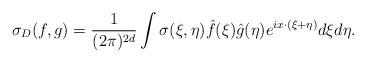
LaTeX: \begin{align*}\sigma_D(f,g) =\frac 1 {(2\pi)^{2d}} \int \sigma(\xi, \eta) \hat f(\xi) \hat g(\eta ) e^{i x\cdot (\xi+\eta)} d\xi d\eta.\end{align*}